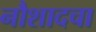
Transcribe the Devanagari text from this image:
नौशादचा